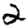
Digit: 2